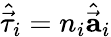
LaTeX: {\hat{\vec{\mathbf{\tau}}}}_{i}=n_{i}{\hat{\vec{\mathbf{a}}}}_{i}